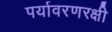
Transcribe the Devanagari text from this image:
पर्यावरणरक्षी